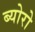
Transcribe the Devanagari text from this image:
ब्योरो